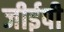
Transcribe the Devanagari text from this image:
जीईपी